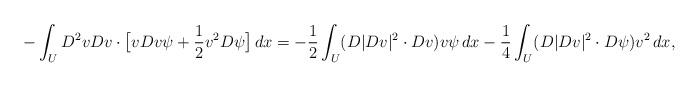
LaTeX: \begin{align*} &- \int_U D^2v Dv \cdot \big[vDv \psi+\frac12 v^2 D\psi\big]\,dx =- \frac12 \int_U (D|Dv|^2\cdot Dv) v \psi\,dx-\frac14 \int_U (D|Dv|^2\cdot D\psi)v^2 \,dx,\end{align*}